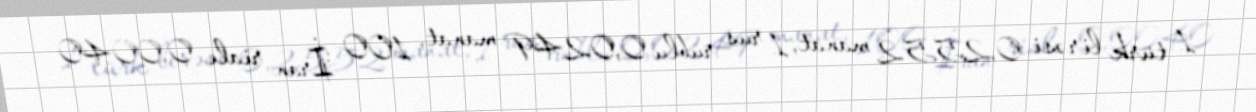
1 türk lirəsi 0,2552 manat, 1 rus rublu 0,0249 manat, 100 İran rialı 0,0040